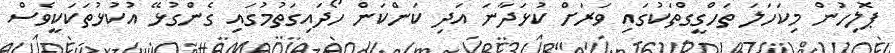
ޕޮލިހުން މިކަހަލަ ތަހްގީގްތަކުގައި ވަރަށް ކުޅަދާނަ އަދި ކަންކަން ހޯދައިގަތުމުގައި ގެންގުޅޭ އުކުޅުތަކަކީވެސް